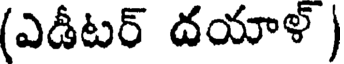
(ఎడీటర్ దయాళ్ )